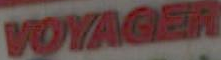
VOYAGER